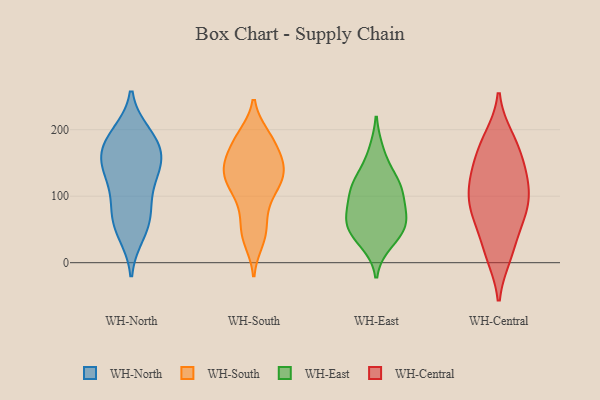
{"axis": {"x": "LTV (USD)", "y": "Value"}, "legend": ["WH-Central", "WH-East", "WH-North", "WH-South"], "data": [{"x": "", "y": 149, "type": "WH-North"}, {"x": "", "y": 193, "type": "WH-North"}, {"x": "", "y": 178, "type": "WH-North"}, {"x": "", "y": 44, "type": "WH-North"}, {"x": "", "y": 57, "type": "WH-North"}, {"x": "", "y": 138, "type": "WH-North"}, {"x": "", "y": 128, "type": "WH-North"}, {"x": "", "y": 148, "type": "WH-North"}, {"x": "", "y": 90, "type": "WH-North"}, {"x": "", "y": 61, "type": "WH-North"}, {"x": "", "y": 181, "type": "WH-North"}, {"x": "", "y": 154, "type": "WH-North"}, {"x": "", "y": 88, "type": "WH-North"}, {"x": "", "y": 188, "type": "WH-North"}, {"x": "", "y": 125, "type": "WH-South"}, {"x": "", "y": 174, "type": "WH-South"}, {"x": "", "y": 121, "type": "WH-South"}, {"x": "", "y": 149, "type": "WH-South"}, {"x": "", "y": 133, "type": "WH-South"}, {"x": "", "y": 81, "type": "WH-South"}, {"x": "", "y": 44, "type": "WH-South"}, {"x": "", "y": 112, "type": "WH-South"}, {"x": "", "y": 51, "type": "WH-South"}, {"x": "", "y": 143, "type": "WH-South"}, {"x": "", "y": 191, "type": "WH-South"}, {"x": "", "y": 145, "type": "WH-South"}, {"x": "", "y": 190, "type": "WH-South"}, {"x": "", "y": 33, "type": "WH-South"}, {"x": "", "y": 100, "type": "WH-South"}, {"x": "", "y": 149, "type": "WH-South"}, {"x": "", "y": 183, "type": "WH-South"}, {"x": "", "y": 51, "type": "WH-East"}, {"x": "", "y": 115, "type": "WH-East"}, {"x": "", "y": 48, "type": "WH-East"}, {"x": "", "y": 98, "type": "WH-East"}, {"x": "", "y": 58, "type": "WH-East"}, {"x": "", "y": 121, "type": "WH-East"}, {"x": "", "y": 166, "type": "WH-East"}, {"x": "", "y": 120, "type": "WH-East"}, {"x": "", "y": 68, "type": "WH-East"}, {"x": "", "y": 31, "type": "WH-East"}, {"x": "", "y": 80, "type": "WH-East"}, {"x": "", "y": 79, "type": "WH-Central"}, {"x": "", "y": 80, "type": "WH-Central"}, {"x": "", "y": 160, "type": "WH-Central"}, {"x": "", "y": 11, "type": "WH-Central"}, {"x": "", "y": 187, "type": "WH-Central"}, {"x": "", "y": 116, "type": "WH-Central"}, {"x": "", "y": 110, "type": "WH-Central"}, {"x": "", "y": 179, "type": "WH-Central"}, {"x": "", "y": 16, "type": "WH-Central"}, {"x": "", "y": 140, "type": "WH-Central"}, {"x": "", "y": 79, "type": "WH-Central"}, {"x": "", "y": 124, "type": "WH-Central"}, {"x": "", "y": 55, "type": "WH-Central"}]}